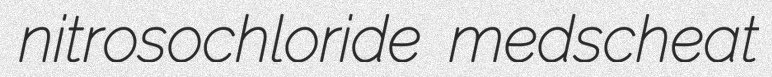
nitrosochloride medscheat